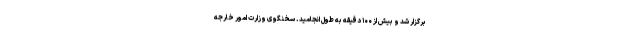
برگزار شد و بیش از ۱۰۰ دقیقه به طول انجامید. سخنگوی وزارت امور خارجه